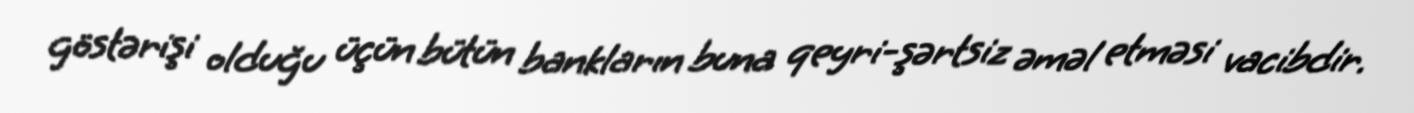
göstərişi olduğu üçün bütün bankların buna qeyri-şərtsiz əməl etməsi vacibdir.